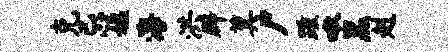
克忌媪海洪辟箕尸踵啾黑赳